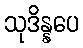
သုဒိန္နပေ